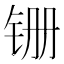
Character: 𫟶